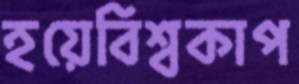
হয়েবিশ্বকাপ